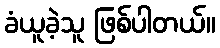
ခံယူခဲ့သူ ဖြစ်ပါတယ်။